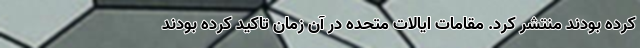
کرده بودند منتشر کرد. مقامات ایالات متحده در آن زمان تاکید کرده بودند